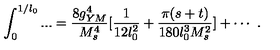
\int _ { 0 } ^ { 1 / l _ { 0 } } . . . = { \frac { 8 g _ { Y M } ^ { 4 } } { M _ { s } ^ { 4 } } } [ { \frac { 1 } { 1 2 l _ { 0 } ^ { 2 } } } + { \frac { \pi ( s + t ) } { 1 8 0 l _ { 0 } ^ { 3 } M _ { s } ^ { 2 } } } ] + \cdots \ .